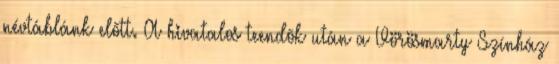
névtáblánk elõtt. A hivatalos teendõk után a Vörösmarty Színház